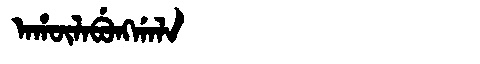
Manchu: ᠠᡥᡡᠯᠠᠪᡠᠩᡤᠠᠯᠠ
Romanization: AHŪLABUNGGALA